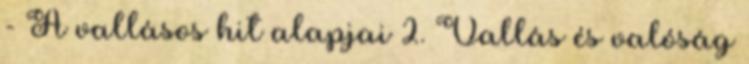
- A vallásos hit alapjai 2. Vallás és valóság